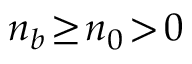
n _ { b } \! \ge \! n _ { 0 } \! > \! 0